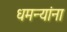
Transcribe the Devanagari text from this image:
धमन्यांना